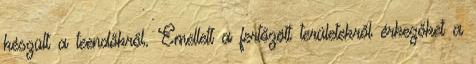
készült a teendőkről. Emellett a fertőzött területekről érkezőket a